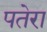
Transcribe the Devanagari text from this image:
पतेरा